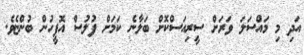
އަދި މި މައްސަލަ ވަރަށް ސީރިއަސްކޮށް ބަލާނެ ކަމަށް ފުލުސް އޮފީހުން ބުންޏެވެ.